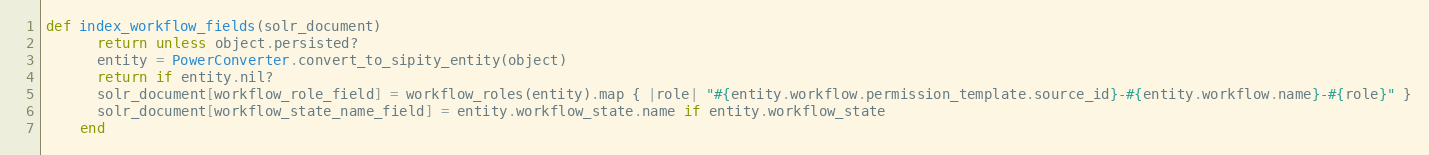
Language: Ruby
def index_workflow_fields(solr_document)
      return unless object.persisted?
      entity = PowerConverter.convert_to_sipity_entity(object)
      return if entity.nil?
      solr_document[workflow_role_field] = workflow_roles(entity).map { |role| "#{entity.workflow.permission_template.source_id}-#{entity.workflow.name}-#{role}" }
      solr_document[workflow_state_name_field] = entity.workflow_state.name if entity.workflow_state
    end